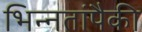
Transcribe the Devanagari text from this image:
भिन्नतांपैकी